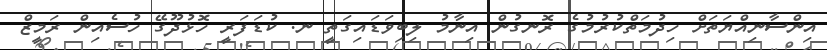
އިންސާނިއްޔަތަށް ހިދުމަތްކުރުމުގެ ރޮނގުން އިނާމު ލިބިވަޑައިގަތީ ނ. ކުޑަފަރީ ހޮޅުދޫގޭ ހުސެއިން ރަމީޒް